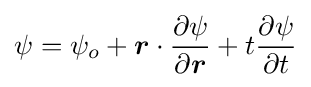
\psi =\psi _{o}+{\boldsymbol {r}}\cdot {\frac {\partial \psi }{\partial {\boldsymbol {r}}}}+t{\frac {\partial \psi }{\partial t}}